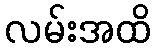
လမ်းအထိ